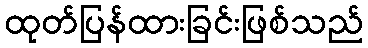
ထုတ်ပြန်ထားခြင်းဖြစ်သည်